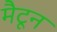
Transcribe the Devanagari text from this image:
मैटून